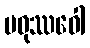
မဓုဿဝေါ